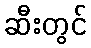
ဆီးတွင်